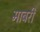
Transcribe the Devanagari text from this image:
माबरी